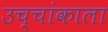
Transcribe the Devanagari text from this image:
उच्चांकाला